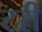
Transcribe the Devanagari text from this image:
टरी